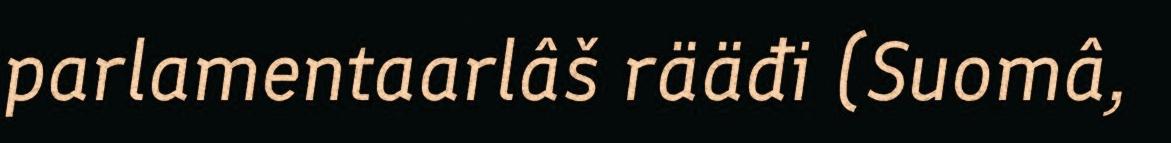
parlamentaarlâš rääđi (Suomâ,